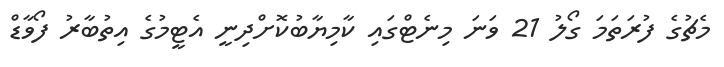
މެޗުގެ ފުރަތަމަ ގޯލު 21 ވަނަ މިނެޓްގައި ކާމިޔާބުކޮށްދިނީ އެޓީމުގެ އިތުބާރު ފޯވާޑް